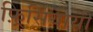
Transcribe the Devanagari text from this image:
फ़्रिसियायी